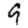
Digit: 9